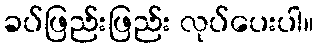
ခပ်ဖြည်းဖြည်း လုပ်ပေးပါ။